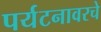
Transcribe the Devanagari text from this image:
पर्यटनावरचे